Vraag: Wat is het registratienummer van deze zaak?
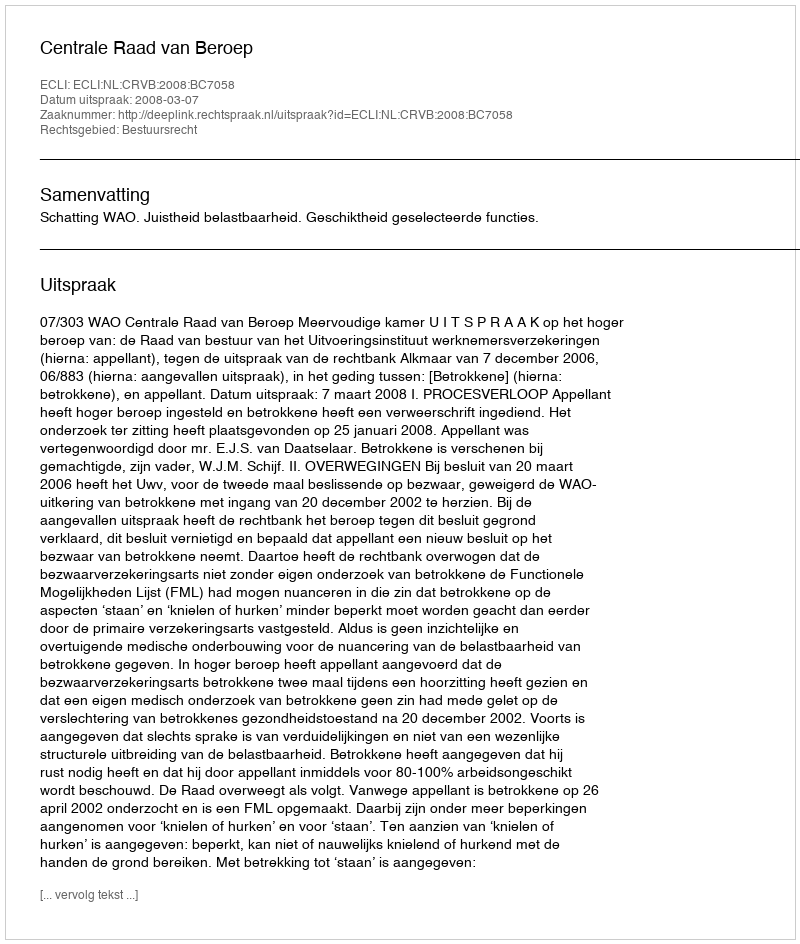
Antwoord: http://deeplink.rechtspraak.nl/uitspraak?id=ECLI:NL:CRVB:2008:BC7058